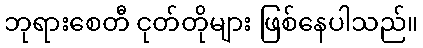
ဘုရားစေတီ ငုတ်တိုများ ဖြစ်နေပါသည်။